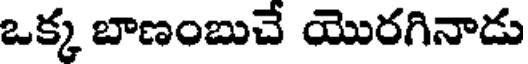
ఒక్క బాణంబుచే యొరగినాడు